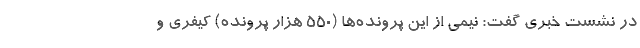
در نشست خبری گفت: نیمی از این پرونده‌ها (۵۵۰ هزار پرونده) کیفری و